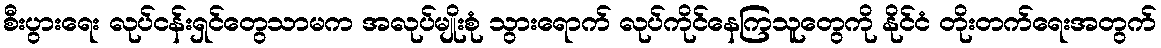
စီးပွားရေး လုပ်ငန်းရှင်တွေသာမက အလုပ်မျိုးစုံ သွားရောက် လုပ်ကိုင်နေကြသူတွေကို နိုင်ငံ တိုးတက်ရေးအတွက်